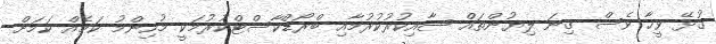
ގުޅޭ ވީހާ ވެސް ގިނަ ލިޔުންތައް ޝާއިކުރުކުރުމާއި ބްރޯޑްކާސްޓްކުރުމަކީ މުހިންމު ކަމެއް ކަމަށް